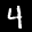
Label: 4